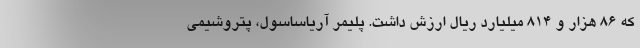
که ۸۶ هزار و ۸۱۴ میلیارد ریال ارزش داشت. پلیمر آریاساسول، پتروشیمی